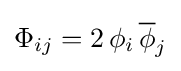
\Phi _{ij}=2\,\phi _{i}\,{\overline {\phi }}_{j}